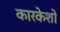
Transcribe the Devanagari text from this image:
कारकेशो